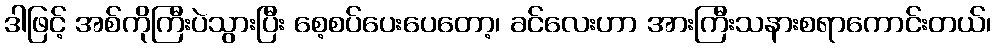
ဒါဖြင့် အစ်ကိုကြီးပဲသွားပြီး စေ့စပ်ပေးပေတော့၊ ခင်လေးဟာ အားကြီးသနားစရာကောင်းတယ်၊